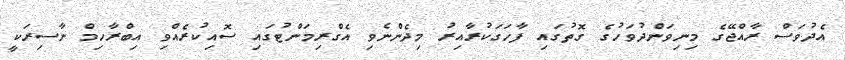
އެދުވަސް ރާއްޖޭގެ މިނިވަންދުވަހުގެ ގޮތުގައި ފާހަގަކުރާއިރު މިދެންނެވި އެގްރިމަންޓުގައި ސޮއިކުރެއްވި އިބްރާހިމް ނާސިރަކީ